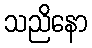
သညိနော